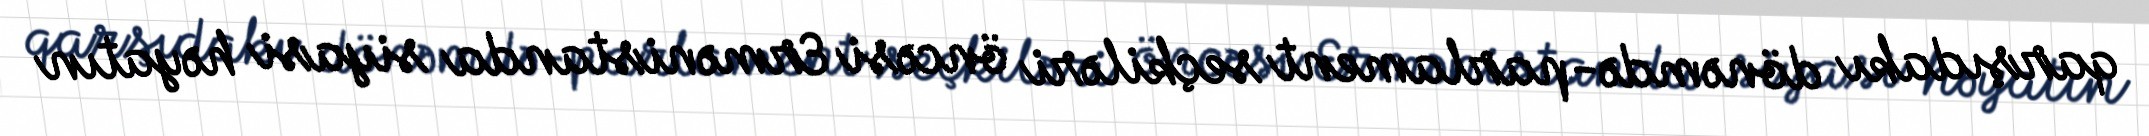
qarşıdakı dönəmdə-parlament seçkiləri öncəsi Ermənistanda siyasi həyatın